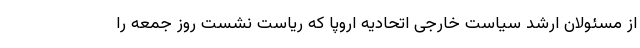
از مسئولان ارشد سیاست خارجی اتحادیه اروپا که ریاست نشست روز جمعه را